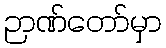
ဉာဏ်တော်မှာ